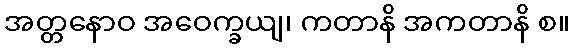
အတ္တနောဝ အဝေက္ခယျ၊ ကတာနိ အကတာနိ စ။